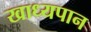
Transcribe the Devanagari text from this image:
खाध्यपान